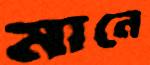
মানে